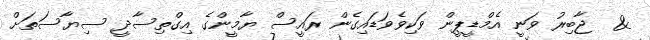
&  ޖާބިރު ވަނީ އެމްޑީޕީން ވަކިވެވަޑައިގެން ރައީސް ޔާމީންގެ އިގްތިސާދީ ސިޔާސަތަށް